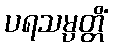
ပရသမ္ပတ္တိံ